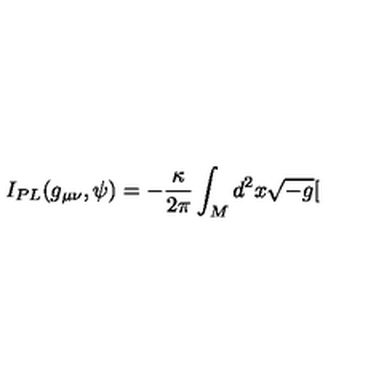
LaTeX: I _ { P L } ( g _ { \mu \nu } , \psi ) = - \frac { \kappa } { 2 \pi } \int _ { M } d ^ { 2 } x \sqrt { - g } [